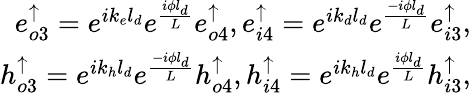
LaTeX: \begin{array}{r}{e_{o3}^{\uparrow}=e^{ik_{e}l_{d}}e^{\frac{i\phi l_{d}}{L}}e_{o4}^{\uparrow},e_{i4}^{\uparrow}=e^{ik_{d}l_{d}}e^{\frac{-i\phi l_{d}}{L}}e_{i3}^{\uparrow},}\\ {h_{o3}^{\uparrow}=e^{ik_{h}l_{d}}e^{\frac{-i\phi l_{d}}{L}}h_{o4}^{\uparrow},h_{i4}^{\uparrow}=e^{ik_{h}l_{d}}e^{\frac{i\phi l_{d}}{L}}h_{i3}^{\uparrow},}\end{array}